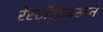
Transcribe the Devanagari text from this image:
रेस्टॉरंटवरून